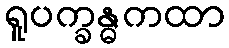
ရူပက္ခန္ဓကထာ